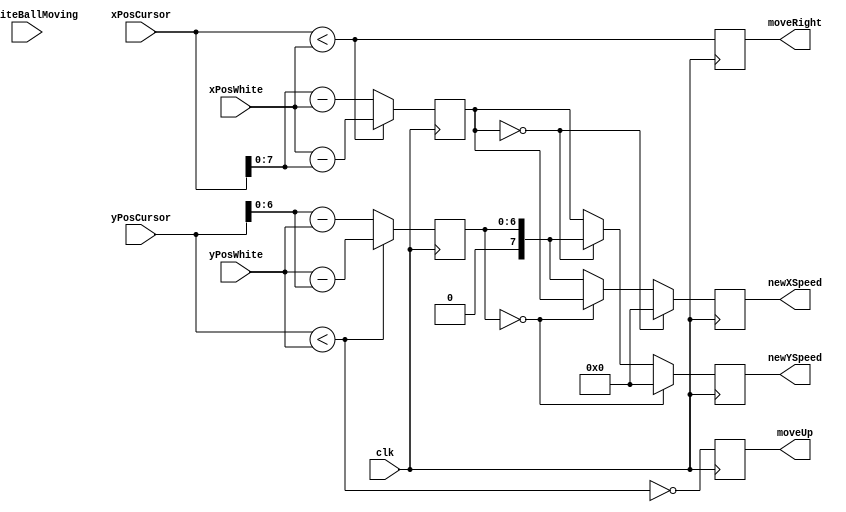
`timescale 1ns / 1ps
//////////////////////////////////////////////////////////////////////////////////
// Company: 
// Engineer: 
// 
// Design Name: 
// Module Name: WhiteBallShooter
// Project Name: 
// Target Devices: 
// Tool Versions: 
// Description: 
// 
// Dependencies: 
// 
// Revision:
// Revision 0.01 - File Created
// Additional Comments:
// 
//////////////////////////////////////////////////////////////////////////////////


module WhiteBallShooter(
	input clk,
	input isWhiteBallMoving,
	input [7:0] xPosWhite,
	input [6:0] yPosWhite,
	input [11:0] xPosCursor,
	input [11:0] yPosCursor,
	output reg [7:0] newXSpeed,
	output reg [7:0] newYSpeed,
	output reg moveRight,
	output reg moveUp
    );
    
    reg [7:0] deltaX = 0;
    reg [6:0] deltaY = 0;
    
    wire cursorYSmaller;
    wire cursorXSmaller;
    
    assign cursorYSmaller = yPosCursor < yPosWhite;
    assign cursorXSmaller = xPosCursor < xPosWhite;
    //[3] == up [2] == down [1] == left [0] == right, e.g. 1010 means moving to the top left AFTER IMPACT, AKA cursor is to the btm right of the ball
    always @ (posedge clk)
    	begin
    		
    		deltaX <= (cursorXSmaller) ? xPosWhite - xPosCursor : xPosCursor - xPosWhite ;
			deltaY <= (cursorYSmaller) ? yPosWhite - yPosCursor : yPosCursor - yPosWhite;
			
			moveRight <= cursorXSmaller;
			moveUp <= !cursorYSmaller;
				  
		    newXSpeed <= (deltaX == 0) ? 0 :
		                 (deltaY == 0) ? deltaX : deltaY; //to be changed
		    newYSpeed <= (deltaY == 0) ? 0 : 
		                 (deltaX == 0) ? deltaY : deltaX; //to be changed
    	end
endmodule